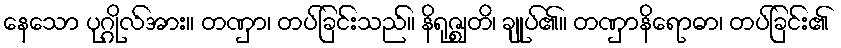
နေသော ပုဂ္ဂိုလ်အား။ တဏှာ၊ တပ်ခြင်းသည်။ နိရုဇ္ဈတိ၊ ချုပ်၏။ တဏှာနိရောဓာ၊ တပ်ခြင်း၏